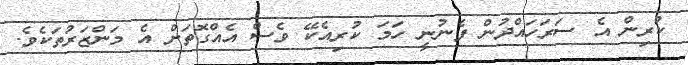
ކުރިން އެ ސަރަހައްދުން ފެނުނީ ހަމަ ކުރިއެކޭ ވެސް އެއްގޮތަށް އެ މަންޒަރުތަކެވެ.